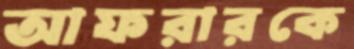
আফরারকে